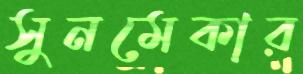
সুনমেকার